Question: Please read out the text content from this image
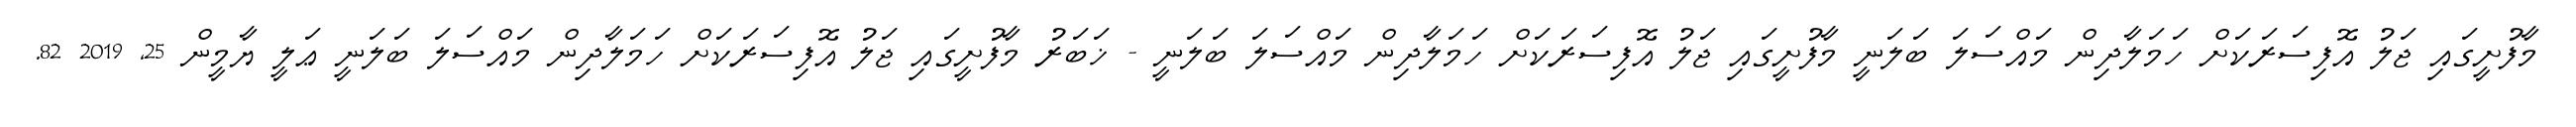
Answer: މާފުށީގައި ޖަލު އޮފިސަރަކަށް ހަމަލާދިން މައްސަލަ ބަލަނީ މާފުށީގައި ޖަލު އޮފިސަރަކަށް ހަމަލާދިން މައްސަލަ ބަލަނީ - ޚަބަރު މާފުށީގައި ޖަލު އޮފިސަރަކަށް ހަމަލާދިން މައްސަލަ ބަލަނީ ޢަލީ ޔާމީން 25, 2019 82.